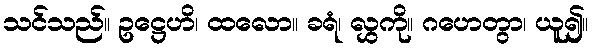
သင်သည်။ ဥဋ္ဌေဟိ၊ ထလော။ ခရံ၊ လွှကို။ ဂဟေတွာ၊ ယူ၍။